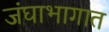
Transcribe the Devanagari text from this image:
जंघाभागात